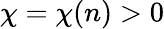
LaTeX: \chi=\chi(n)>0